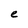
Character: e